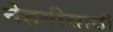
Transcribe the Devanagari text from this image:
नेहमीसाठी